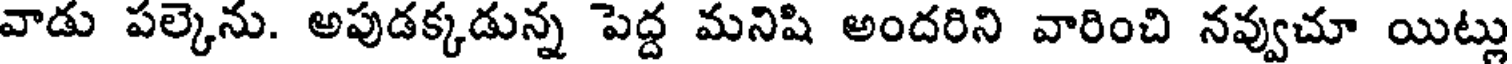
వాడు పల్కెను. అపుడక్కడున్న పెద్ద మనిషి అందరిని వారించి నవ్వుచూ యిట్లు